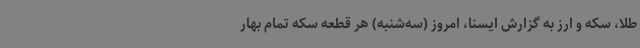
طلا، سکه و ارز به گزارش ایسنا، امروز (سه‌شنبه) هر قطعه سکه تمام بهار